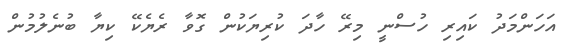
އަހަންމަދު ކައިރި ހުސްނީ މިރޭ ހާދަ ކުރިޔަކުން ގޮވާ ރެޔެކޭ ކިޔާ ބުނެލުމުން